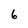
Character: 6